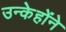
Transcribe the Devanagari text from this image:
उन्केहोंने